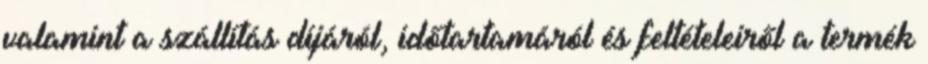
valamint a szállítás díjáról, időtartamáról és feltételeiről a termék